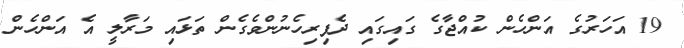
19 އަހަރުގެ އަންހެން ކުއްޖާގެ ގައިގައި ދެފިރިހެނުންވެގެން ތަޅައި މަރާލީ އެ އަންހެން